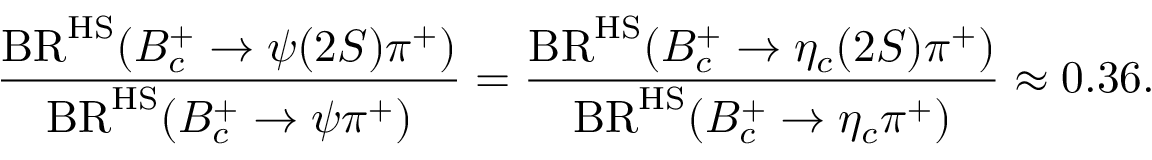
\frac { \mathrm { B R } ^ { \mathrm { H S } } ( B _ { c } ^ { + } \to \psi ( 2 S ) \pi ^ { + } ) } { \mathrm { B R } ^ { \mathrm { H S } } ( B _ { c } ^ { + } \to \psi \pi ^ { + } ) } = \frac { \mathrm { B R } ^ { \mathrm { H S } } ( B _ { c } ^ { + } \to \eta _ { c } ( 2 S ) \pi ^ { + } ) } { \mathrm { B R } ^ { \mathrm { H S } } ( B _ { c } ^ { + } \to \eta _ { c } \pi ^ { + } ) } \approx 0 . 3 6 .